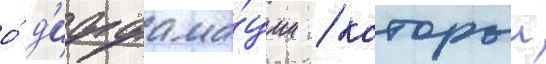
о́ д'иффама́ции / которыи